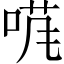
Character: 𱓄